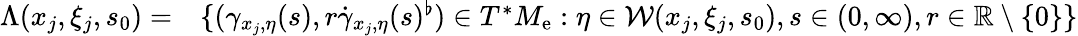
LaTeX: \begin{array}{rl}{\Lambda({x_{j},\xi_{j},s_{0}})=}&{\{ (\gamma_{x_{j},\eta}(s),r\dot{\gamma}_{x_{j},\eta}(s)^{\flat})\in T^{*}{M_{\mathrm{e}}}:\eta\in\mathcal{W}({x_{j},\xi_{j},s_{0}}),s\in(0,\infty),r\in\mathbb{R}\setminus\{ 0\} \} }\end{array}